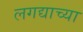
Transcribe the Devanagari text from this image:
लगद्याच्या